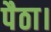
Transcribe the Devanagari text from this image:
पैठा।